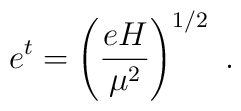
e^t=\left(\frac{eH}{\mu^2}\right)^{1/2}~.